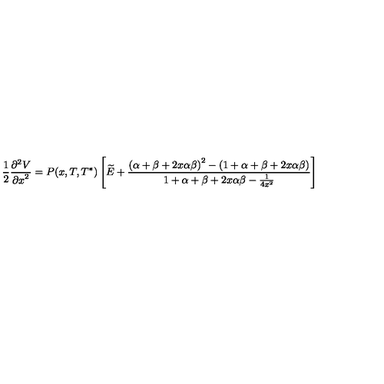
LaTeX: { { \frac { 1 } { 2 } } { \frac { { \partial } ^ { 2 } V } { { \partial x } ^ { 2 } } } = P ( x , T , T ^ { * } ) \left[ \widetilde { E } + { \frac { { \left( \alpha + \beta + 2 x \alpha \beta \right) } ^ { 2 } - \left( 1 + \alpha + \beta + 2 x \alpha \beta \right) } { 1 + \alpha + \beta + 2 x \alpha \beta - { \frac { 1 } { 4 x ^ { 2 } } } } } \right] }